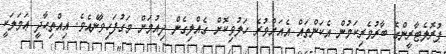
ޕުރޮލެޓާރީންގެ ބާރުވެރިކަމުން އެކަންތައް އެއަށްވުރެ ހަލުވިކޮށް ގެއްލިގެން ދިއުމަށް މަގުފަހިވާނެއެވެ. އިއްތިޙާދީ ޢަމަލަކީ